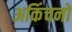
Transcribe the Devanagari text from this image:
अकिंचनों